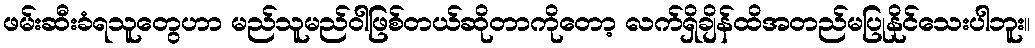
ဖမ်းဆီးခံရသူတွေဟာ မည်သူမည်ဝါဖြစ်တယ်ဆိုတာကိုတော့ လက်ရှိချိန်ထိအတည်မပြုနိုင်သေးပါဘူး။